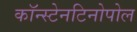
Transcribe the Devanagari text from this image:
कॉन्स्टेनटिनोपोल